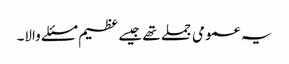
یہ عمومی جملے تھے جیسے عظیم مسئلے والا۔